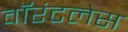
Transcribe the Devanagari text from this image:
वॉरंटलेस